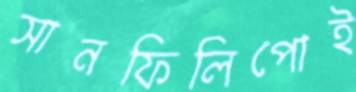
সানফিলিপোই